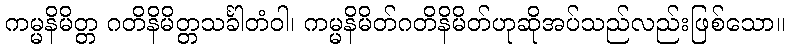
ကမ္မနိမိတ္တ ဂတိနိမိတ္တသင်္ခါတံဝါ၊ ကမ္မနိမိတ်ဂတိနိမိတ်ဟုဆိုအပ်သည်လည်းဖြစ်သော။